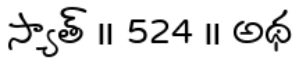
స్యాత్ ॥ 524 ॥ అథ